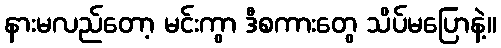
နားမလည်တော့ မင်းကွာ ဒီစကားတွေ သိပ်မပြောနဲ့။